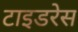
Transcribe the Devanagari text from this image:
टाइडरेस